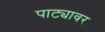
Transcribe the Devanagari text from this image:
पाट्यावर